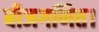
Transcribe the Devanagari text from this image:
बीजगणित।